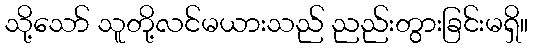
သို့သော် သူတို့လင်မယားသည် ညည်းတွားခြင်းမရှိ။